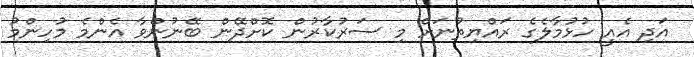
އަދި އެއީ ހުޅުމާލެގެ ރައްޔިތުނަށް މި ސަރުކާރުން ކޮށްދޭން ބޭނުންވާ އެންމެ މުހިންމު